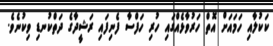
ކަކުލާއި ހަމައަށް އޮތް ހަރުވާޅެއްގައި ހުރި ހަފްސާ ފެނިފައި ރަޝީދާގެ ދަތްކުނޑި ވިކުނެވެ.